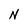
Character: N